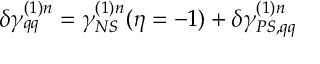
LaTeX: \delta \gamma _ { q q } ^ { ( 1 ) n } = \gamma _ { N S } ^ { ( 1 ) n } ( \eta = - 1 ) + \delta \gamma _ { P S , q q } ^ { ( 1 ) n }